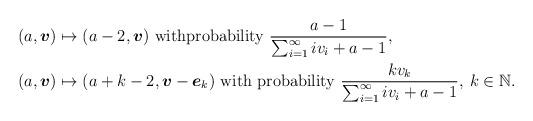
LaTeX: \begin{align*}(a, {\boldsymbol{v}}) &\mapsto (a-2, {\boldsymbol{v}}) \mbox{ withprobability } \frac{a-1}{\sum_{i=1}^\infty i v_i + a-1}, \\(a, {\boldsymbol{v}}) &\mapsto (a+k-2, {\boldsymbol{v}} - {\boldsymbol{e}}_k) \mbox{ with probability } \frac{kv_k}{\sum_{i=1}^\infty i v_i + a-1}, \:k \in \mathbb{N}.\end{align*}